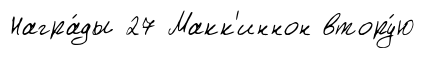
Награ́ды 27 Макк'иннон втору́ю